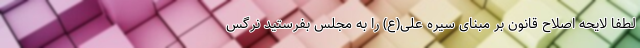
لطفاً لایحه اصلاح قانون بر مبنای سیره علی(ع) را به مجلس بفرستید نرگس